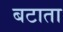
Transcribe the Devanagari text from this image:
बटाता